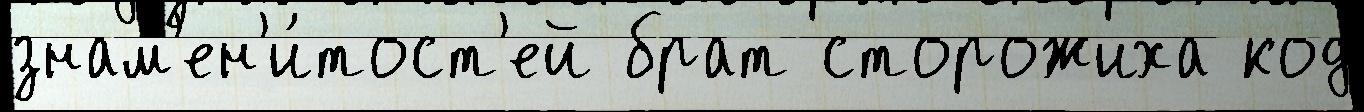
знам'ен'и́тост'ей брат сторожиха код